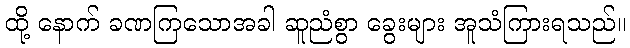
ထို့ နောက် ခဏကြသောအခါ ဆူညံစွာ ခွေးများ အူသံကြားရသည်။